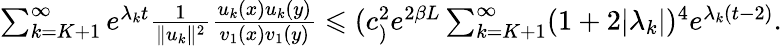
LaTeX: \begin{array}{r}{\sum_{k=K+1}^{\infty}e^{\lambda_{k}t}\frac{1}{\| u_{k}\| ^{2}}\frac{u_{k}(x)u_{k}(y)}{v_{1}(x)v_{1}(y)}\leqslant(c_)^{2}e^{2\beta L}\sum_{k=K+1}^{\infty}(1+2|\lambda_{k}|)^{4}e^{\lambda_{k}(t-2)}.}\end{array}